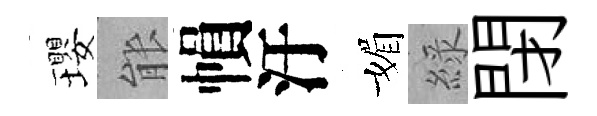
瓔䏻𢄙汙媚綠閉